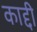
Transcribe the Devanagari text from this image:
काद्दी